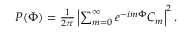
\begin{array} { r } { P ( \Phi ) = \frac { 1 } { 2 \pi } \left| \sum _ { m = 0 } ^ { \infty } e ^ { - i m \Phi } C _ { m } \right| ^ { 2 } . } \end{array}